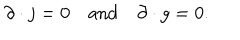
LaTeX: \partial \cdot j = 0 \, \, \, \, \, \, \mathrm { a n d } \, \, \, \, \, \, \partial \cdot g = 0 .